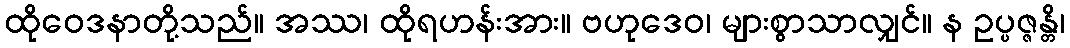
ထိုဝေဒနာတို့သည်။ အဿ၊ ထိုရဟန်းအား။ ဗဟုဒေဝ၊ များစွာသာလျှင်။ န ဥပ္ပဇ္ဇန္တိ၊